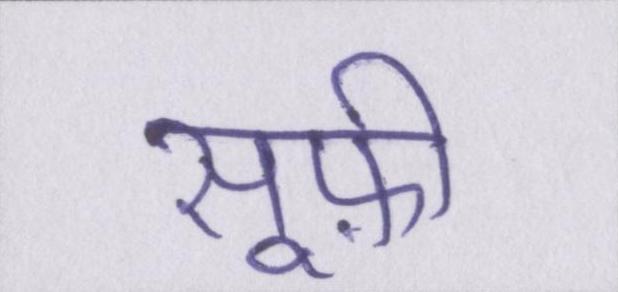
सूफ़ी